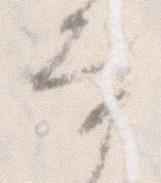
な